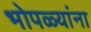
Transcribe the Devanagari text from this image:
भोपळ्यांना